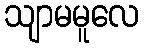
သျာမမူလေ